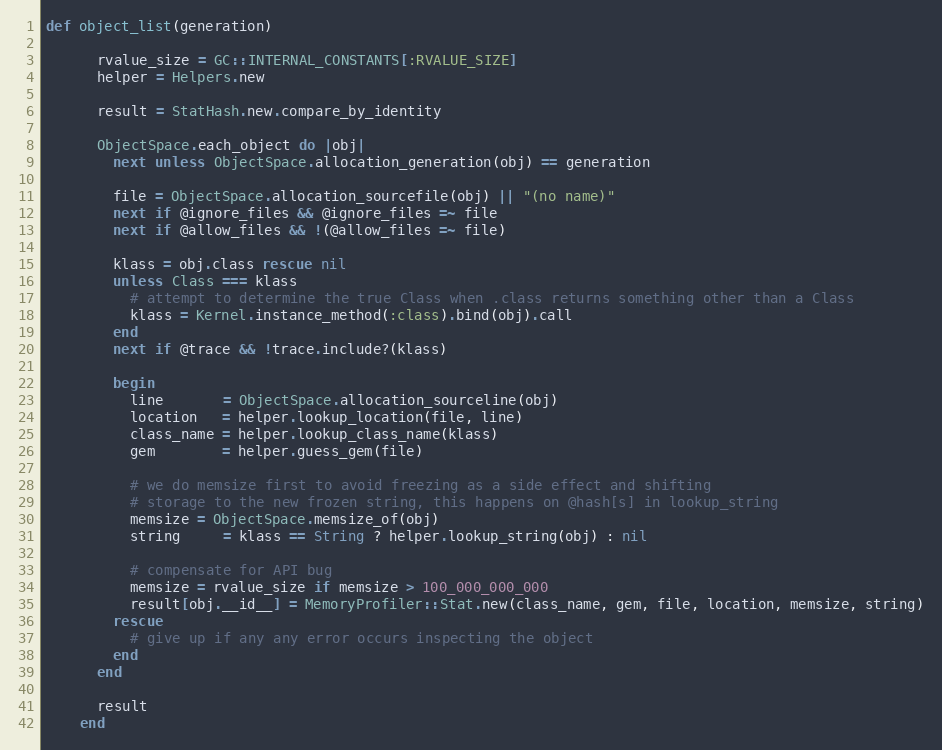
Language: Ruby
def object_list(generation)

      rvalue_size = GC::INTERNAL_CONSTANTS[:RVALUE_SIZE]
      helper = Helpers.new

      result = StatHash.new.compare_by_identity

      ObjectSpace.each_object do |obj|
        next unless ObjectSpace.allocation_generation(obj) == generation

        file = ObjectSpace.allocation_sourcefile(obj) || "(no name)"
        next if @ignore_files && @ignore_files =~ file
        next if @allow_files && !(@allow_files =~ file)

        klass = obj.class rescue nil
        unless Class === klass
          # attempt to determine the true Class when .class returns something other than a Class
          klass = Kernel.instance_method(:class).bind(obj).call
        end
        next if @trace && !trace.include?(klass)

        begin
          line       = ObjectSpace.allocation_sourceline(obj)
          location   = helper.lookup_location(file, line)
          class_name = helper.lookup_class_name(klass)
          gem        = helper.guess_gem(file)

          # we do memsize first to avoid freezing as a side effect and shifting
          # storage to the new frozen string, this happens on @hash[s] in lookup_string
          memsize = ObjectSpace.memsize_of(obj)
          string     = klass == String ? helper.lookup_string(obj) : nil

          # compensate for API bug
          memsize = rvalue_size if memsize > 100_000_000_000
          result[obj.__id__] = MemoryProfiler::Stat.new(class_name, gem, file, location, memsize, string)
        rescue
          # give up if any any error occurs inspecting the object
        end
      end

      result
    end